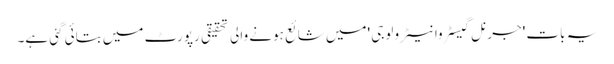
یہ بات 'جرنل گیسٹروانیٹرو لوجی 'میں شائع ہونے والی تحقیقی رپورٹ میں بتائی گئی ہے۔